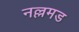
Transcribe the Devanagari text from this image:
नल्लमड